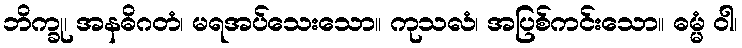
ဘိက္ခု၊ အနဓိဂတံ၊ မရအပ်သေးသော။ ကုသလံ၊ အပြစ်ကင်းသော။ ဓမ္မံ ဝါ၊